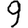
Digit: 9